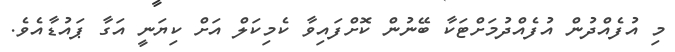
މި އުފެއްދުން އުފެއްދުމަށްޓަކާ ބޭނުން ކޮށްފައިވާ ކެމިކަލް އަށް ކިޔަނީ އަގާ ޕައުޑާއެވެ.